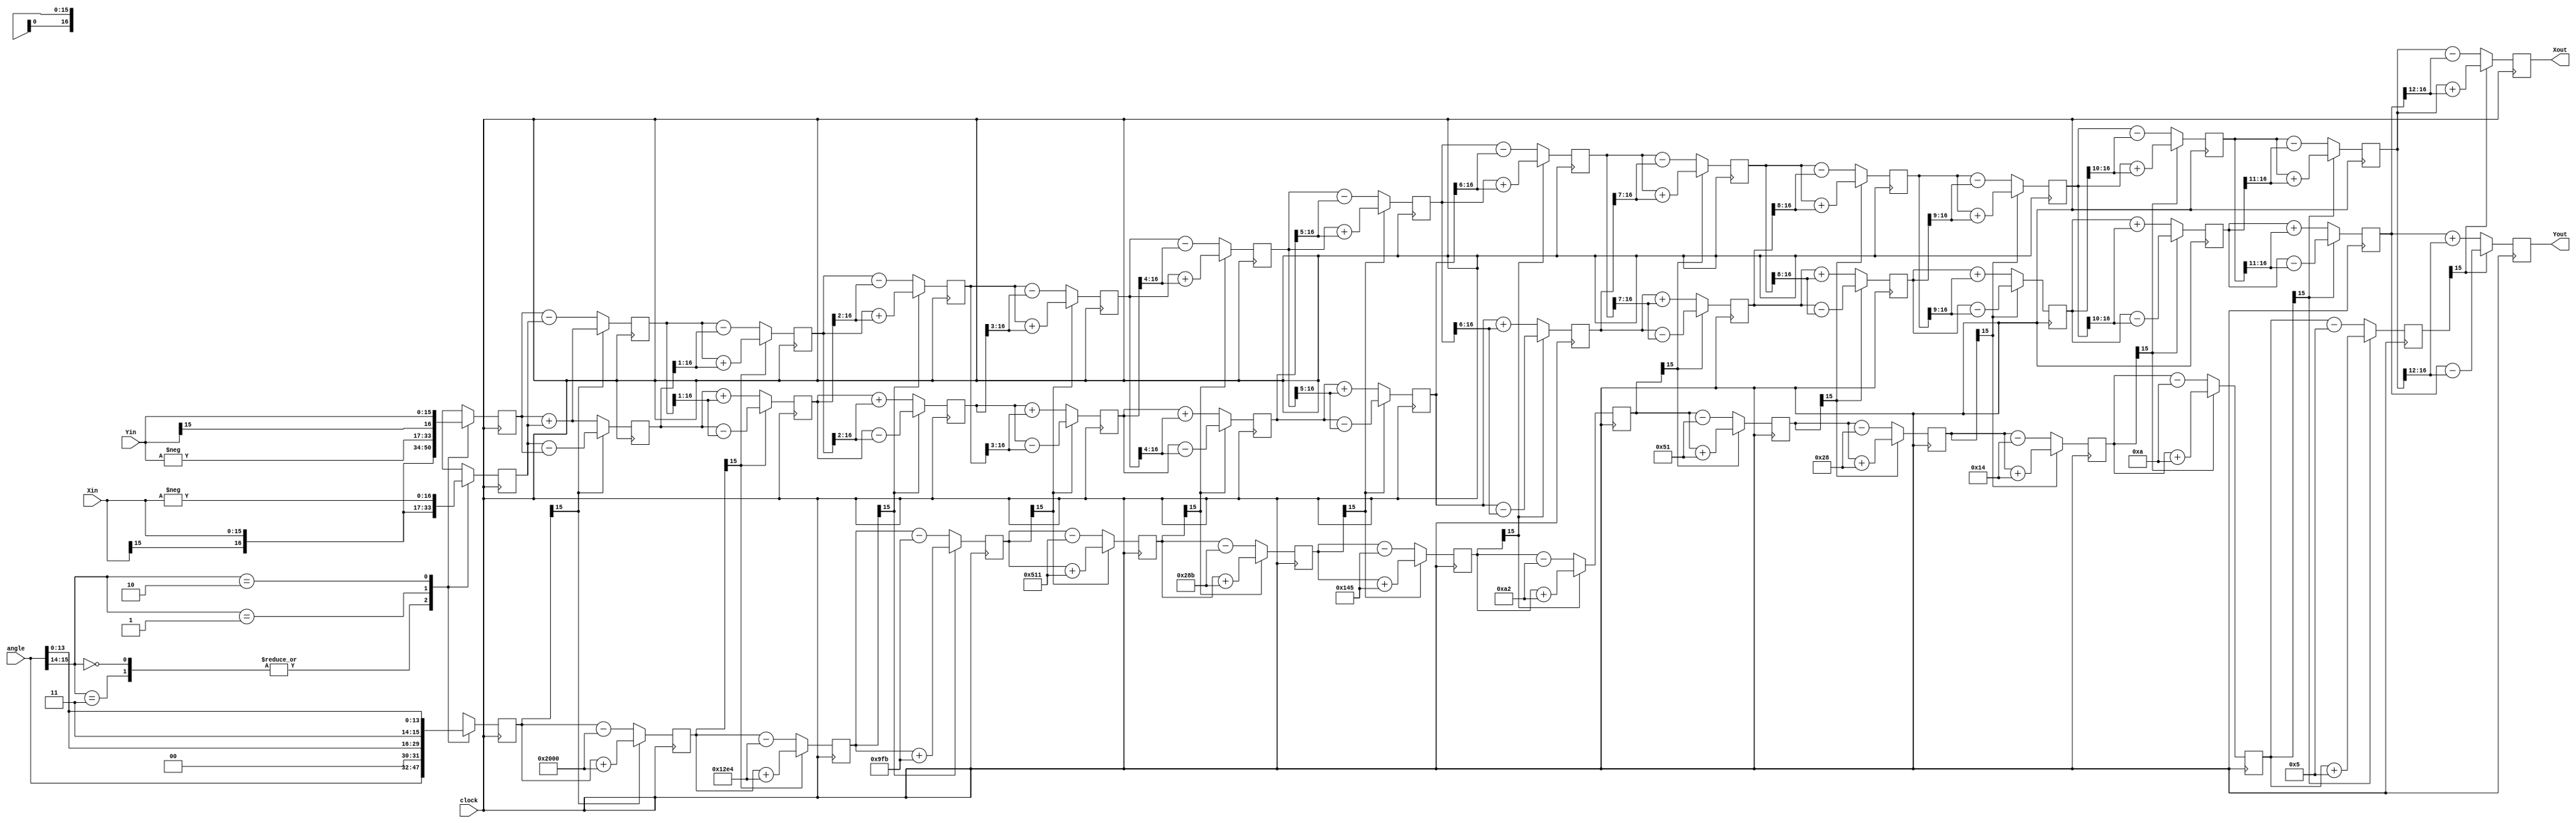
`timescale 1 ns/1 ps

module sincosfinal(clock, angle, Xin, Yin, Xout, Yout);
   
   localparam ITR = 14; 
   
   input clock;
   input  signed [15:0] angle;
   input  signed [15:0] Xin, Yin;
   output signed    [16 :0] Xout,Yout; 
   
   wire signed [15:0] atan_table [0:15];
   
   assign atan_table[00] = 16'b0010000000000000; 
   assign atan_table[01] = 16'b0001001011100100; 
   assign atan_table[02] = 16'b0000100111111011; 
   assign atan_table[03] = 16'b0000010100010001; 
   assign atan_table[04] = 16'b0000001010001011;
   assign atan_table[05] = 16'b0000000101000101;
   assign atan_table[06] = 16'b0000000010100010;
   assign atan_table[07] = 16'b0000000001010001;
   assign atan_table[08] = 16'b0000000000101000;
   assign atan_table[09] = 16'b0000000000010100;
   assign atan_table[10] = 16'b0000000000001010;
   assign atan_table[11] = 16'b0000000000000101;
   assign atan_table[12] = 16'b0000000000000010;
   assign atan_table[13] = 16'b0000000000000001;



   reg signed [16 :0] X [0:ITR-1];
   reg signed [16 :0] Y [0:ITR-1];
   reg signed    [15:0] Z [0:ITR-1]; 
   

   wire  [1:0] quadrant;
   assign   quadrant = angle[15:14];
   
   always @(posedge clock)
   begin 
      case (quadrant)
         2'b00,
         2'b11:  
         begin    
            X[0] <= Xin;
            Y[0] <= Yin;
            Z[0] <= angle;
         end
         
         2'b01:
         begin
            X[0] <= -Yin;
            Y[0] <= Xin;
            Z[0] <= {2'b00,angle[13:0]}; 
         end
         
         2'b10:
         begin
            X[0] <= Yin;
            Y[0] <= -Xin;
            Z[0] <= {2'b11,angle[13:0]}; 
         end
         
      endcase
   end
   
 
   genvar i;
   generate
   for (i=0; i < (ITR-1); i=i+1)
   begin: XYZ
      wire                   Z_sign;
      wire signed  [16 :0] X_shr, Y_shr; 
   
      assign X_shr = X[i] >>> i; 
      assign Y_shr = Y[i] >>> i;
   
      assign Z_sign = Z[i][15]; 
   
      always @(posedge clock)
      begin
         X[i+1] <= Z_sign ? X[i] + Y_shr : X[i] - Y_shr;
         Y[i+1] <= Z_sign ? Y[i] - X_shr : Y[i] + X_shr;
         Z[i+1] <= Z_sign ? Z[i] + atan_table[i] : Z[i] - atan_table[i];
      end
   end
   endgenerate
   
   
   assign Xout = X[ITR-1];
   assign Yout = Y[ITR-1];
   

endmodule